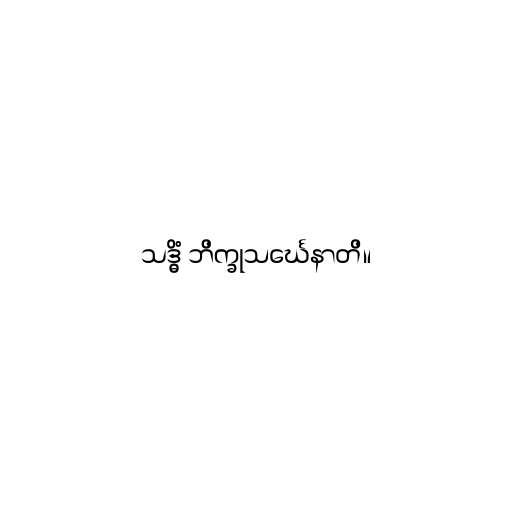
သဒ္ဓိံ ဘိက္ခုသင်္ဃေနာတိ။